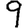
Digit: 9